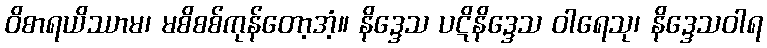
ဝိစာရယိဿာမ၊ မစိစစ်ကုန်တော့အံ့။ နိဒ္ဒေသ ပဋိနိဒ္ဒေသ ဝါရေသု၊ နိဒ္ဒေသဝါရ